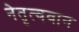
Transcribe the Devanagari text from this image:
नेतृत्ववान